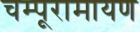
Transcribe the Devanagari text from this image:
चम्पूरामायण